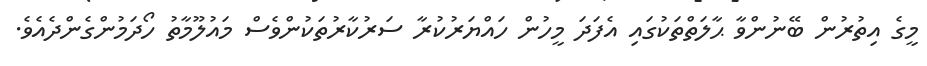
މީގެ އިތުރުން ބޭނުންވާ ޙާލަތްތަކުގައި އެފަދަ މީހުން ހައްޔަރުކުރާ ސަރުކާރުތަކުންވެސް މައުލޫމާތު ހޯދަމުންގެންދެއެވެ.